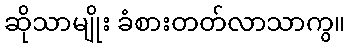
ဆိုသာမျိုး ခံစားတတ်လာသာကွ။